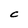
Character: C